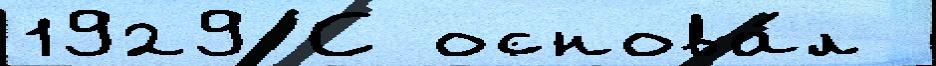
1929 С основа́л